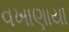
વખાણાયો